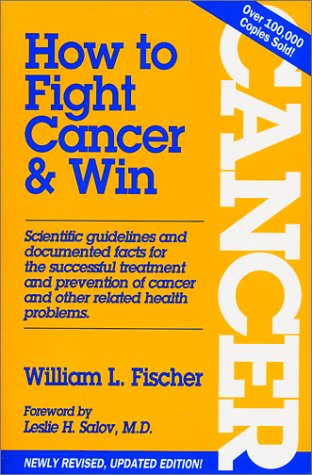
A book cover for How to Fight Cancer & Win; William L. Fischer; Health, Fitness & Dieting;